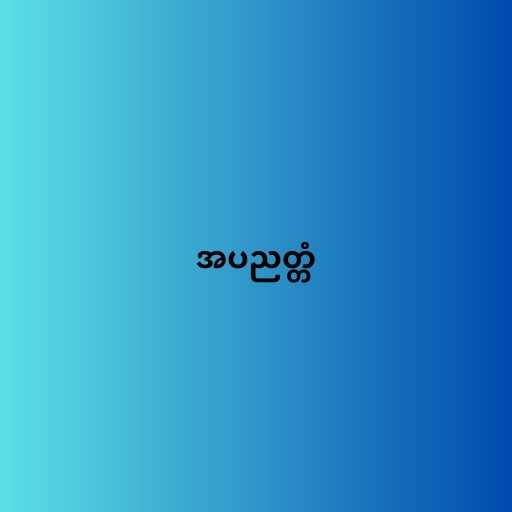
အပညတ္တံ